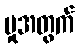
မှုအတွက်